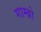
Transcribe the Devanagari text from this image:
गाम्ब्रो